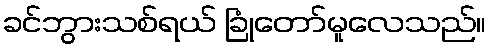
ခင်ဘွားသစ်ရယ် ခြုံတော်မူလေသည်။